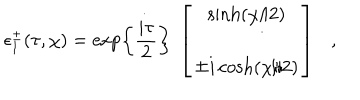
\epsilon _ { 1 } ^ { \pm } ( \tau , \chi ) = \exp \left\{ { \frac { i \tau } { 2 } } \right\} ~ \left[ \begin{array} { c } { { \sinh ( \chi / 2 ) } } \\ { { \mp i \cosh ( \chi / 2 ) } } \\ \end{array} \right] ,